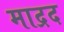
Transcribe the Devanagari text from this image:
माद्रद